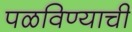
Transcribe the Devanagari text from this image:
पळविण्याची